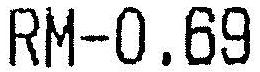
RM-0.69